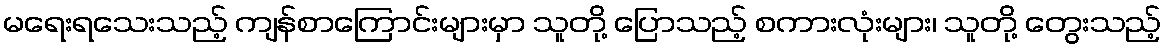
မရေးရသေးသည့် ကျန်စာကြောင်းများမှာ သူတို့ ပြောသည့် စကားလုံးများ၊ သူတို့ တွေးသည့်